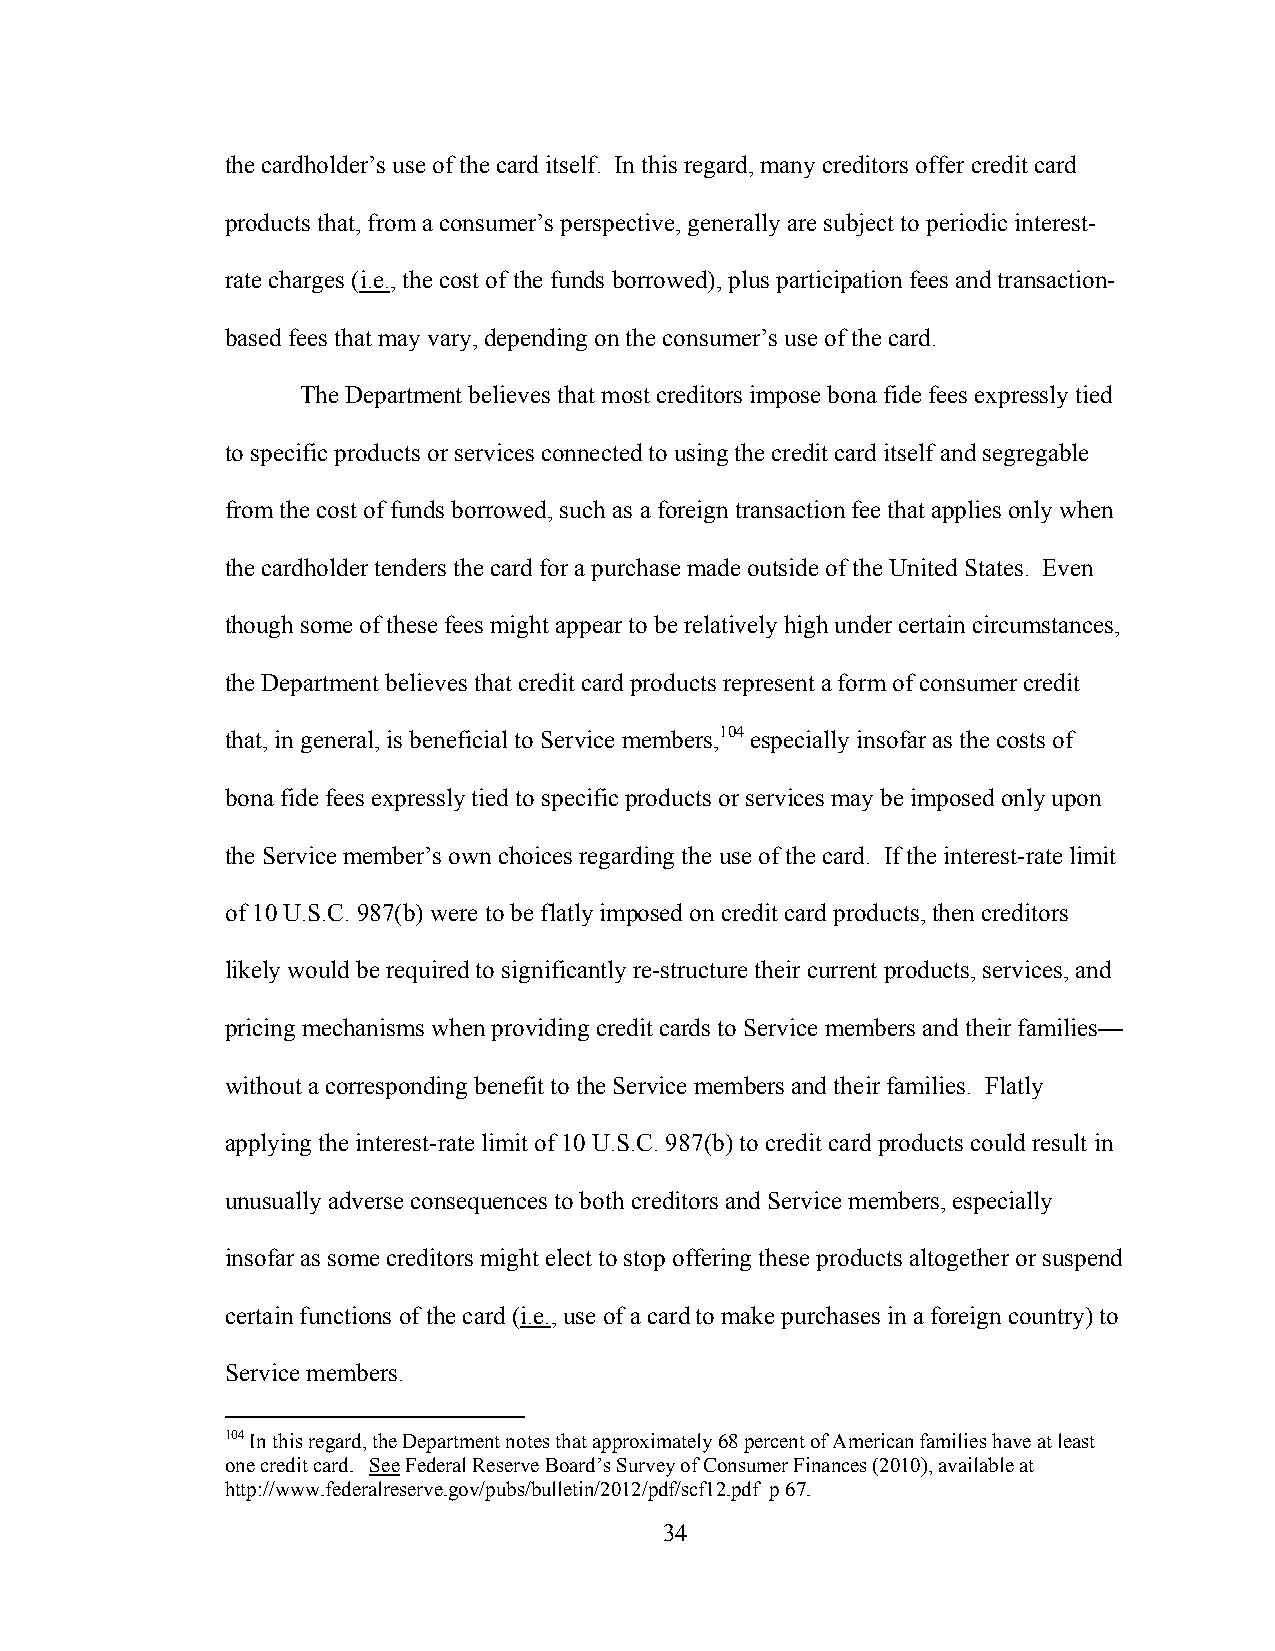
the cardholder’s use of the card itself. In this regard, many creditors offer credit card
 products that, from a consumer’s perspective, generally are subject to periodic interest-
 rate charges (i.e., the cost of the funds borrowed), plus participation fees and transaction-
 based fees that may vary, depending on the consumer’s use of the card.
 The Department believes that most creditors impose bona fide fees expressly tied
 to specific products or services connected to using the credit card itself and segregable
 from the cost of funds borrowed, such as a foreign transaction fee that applies only when
 the cardholder tenders the card for a purchase made outside of the United States. Even
 though some of these fees might appear to be relatively high under certain circumstances,
 the Department believes that credit card products represent a form of consumer credit
 that, in general, is beneficial to Service members,104 especially insofar as the costs of
 bona fide fees expressly tied to specific products or services may be imposed only upon
 the Service member’s own choices regarding the use of the card. If the interest-rate limit
 of 10 U.S.C. 987(b) were to be flatly imposed on credit card products, then creditors
 likely would be required to significantly re-structure their current products, services, and
 pricing mechanisms when providing credit cards to Service members and their families—
 without a corresponding benefit to the Service members and their families. Flatly
 applying the interest-rate limit of 10 U.S.C. 987(b) to credit card products could result in
 unusually adverse consequences to both creditors and Service members, especially
 insofar as some creditors might elect to stop offering these products altogether or suspend
 certain functions of the card (i.e., use of a card to make purchases in a foreign country) to
 Service members.
 104 In this regard, the Department notes that approximately 68 percent of American families have at least
 one credit card. See Federal Reserve Board’s Survey of Consumer Finances (2010), available at
 http://www.federalreserve.gov/pubs/bulletin/2012/pdf/scf12.pdf p 67.
 34